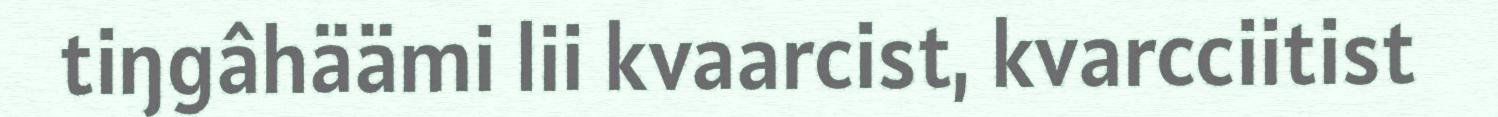
tiŋgâhäämi lii kvaarcist, kvarcciitist